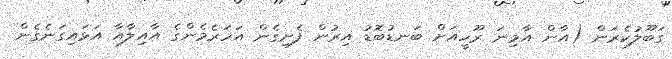
ގަބޫލުކެރަން (އާން އާމިނަ ރޫހީއަށް ބަނޑުބޮޑު އިރުން ފެށިގެން އަހަރެމެންގެ އާއިލާއާ އަޅައިގަނެގެން